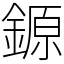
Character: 𨪛